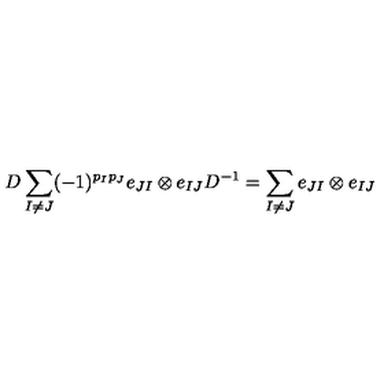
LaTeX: D \sum _ { I \neq J } ( - 1 ) ^ { p _ { I } p _ { J } } e _ { J I } \otimes e _ { I J } D ^ { - 1 } = \sum _ { I \neq J } e _ { J I } \otimes e _ { I J }